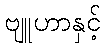
ဗျူဟာနှင့်